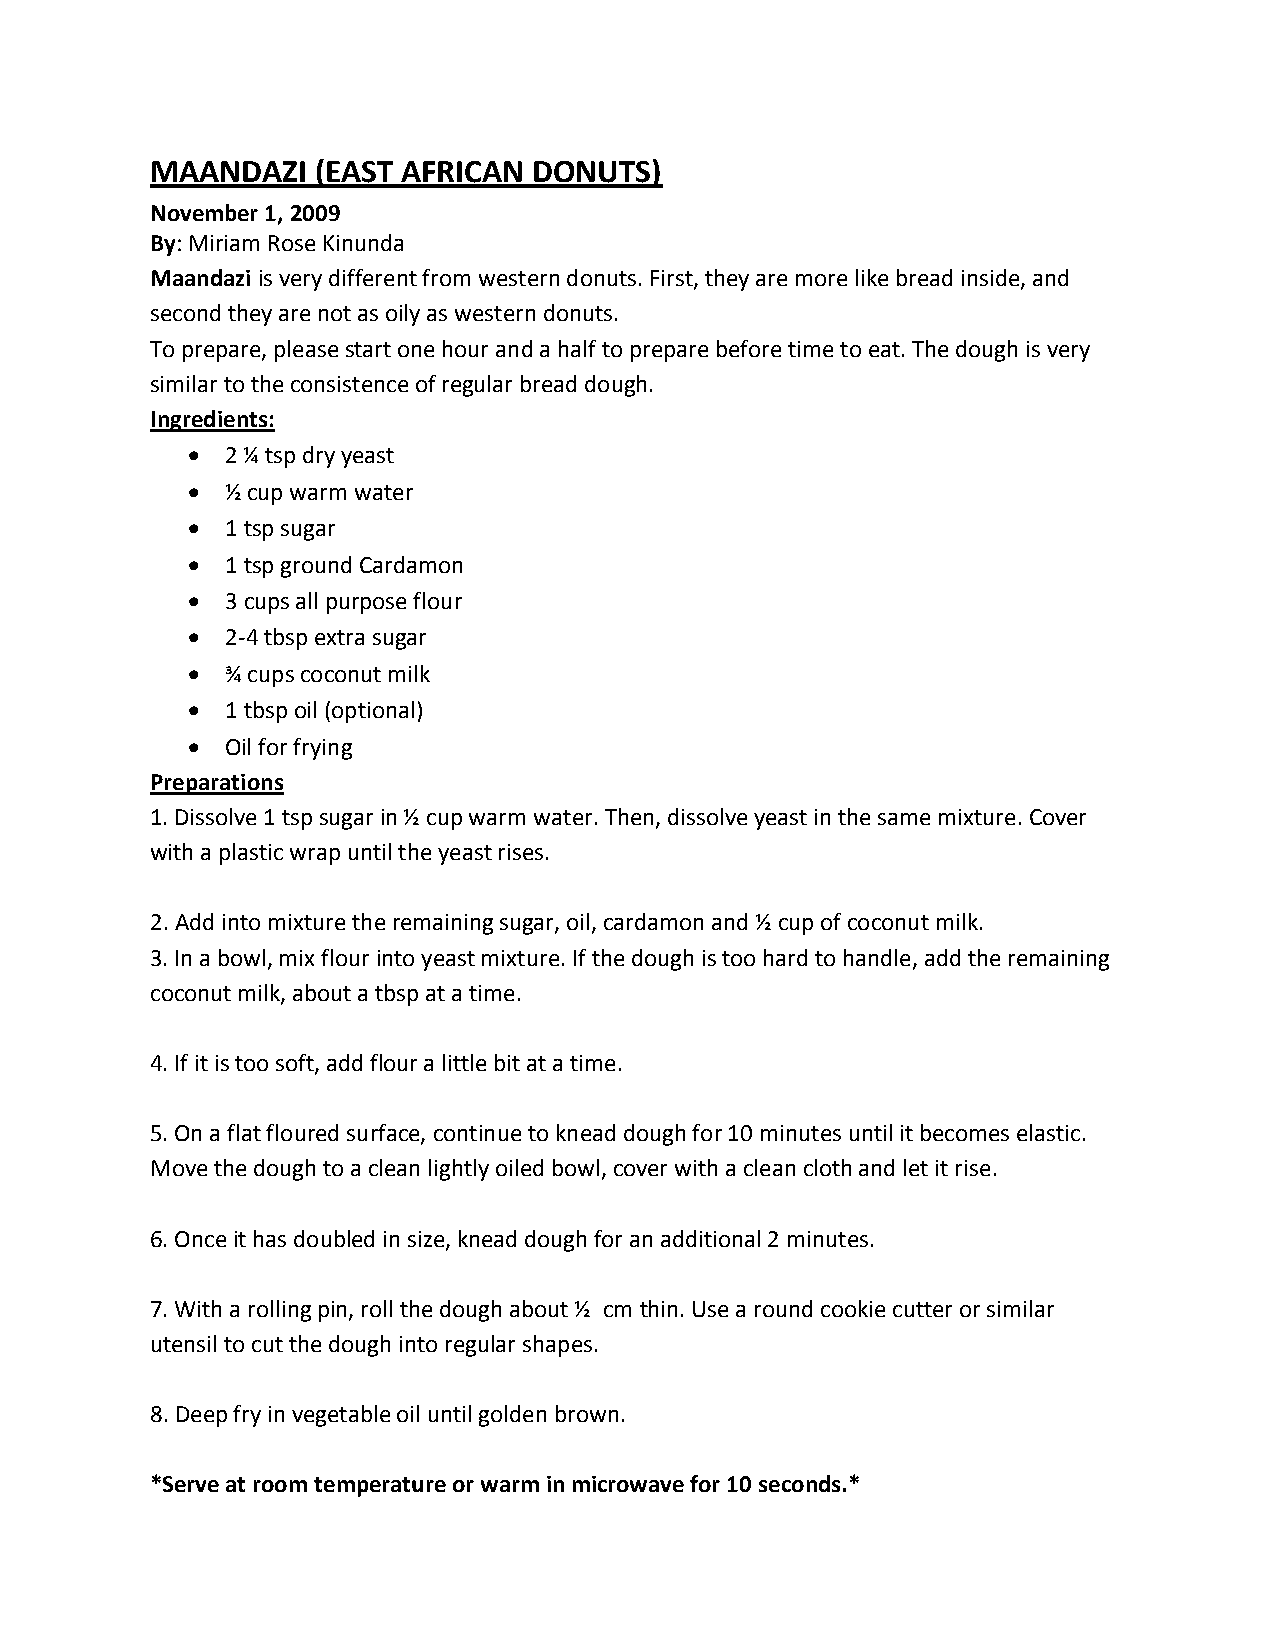
MAANDAZI   (EAST AFRICAN DONUTS)
 November 1, 2009
 By: Miriam Rose Kinunda
 Maandazi is very different from western donuts. First, they are more like bread inside, and
 second they are not as oily as western donuts.
 To prepare, please start one hour and a half to prepare before time to eat. The dough is very
 similar to the consistence of regular bread dough.
 Ingredients:
   2 ¼ tsp dry yeast
   ½ cup warm water
   1 tsp sugar
   1 tsp ground Cardamon
   3 cups all purpose flour
   2-4 tbsp extra sugar
   ¾ cups coconut milk
   1 tbsp oil (optional)
   Oil for frying
 Preparations
 1. Dissolve 1 tsp sugar in ½ cup warm water. Then, dissolve yeast in the same mixture. Cover
 with a plastic wrap until the yeast rises.
 2. Add into mixture the remaining sugar, oil, cardamon and ½ cup of coconut milk.
 3. In a bowl, mix flour into yeast mixture. If the dough is too hard to handle, add the remaining
 coconut milk, about a tbsp at a time.
 4. If it is too soft, add flour a little bit at a time.
 5. On a flat floured surface, continue to knead dough for 10 minutes until it becomes elastic.
 Move the dough to a clean lightly oiled bowl, cover with a clean cloth and let it rise.
 6. Once it has doubled in size, knead dough for an additional 2 minutes.
 7. With a rolling pin, roll the dough about ½ cm thin. Use a round cookie cutter or similar
 utensil to cut the dough into regular shapes.
 8. Deep fry in vegetable oil until golden brown.
 *Serve at room temperature or warm in microwave for 10 seconds.*